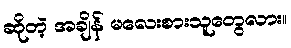
ဆိုတဲ့ အချိန် မလေးစားသူတွေလား။